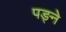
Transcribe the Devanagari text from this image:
पङ्ने